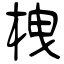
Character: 栧